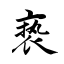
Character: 亵